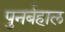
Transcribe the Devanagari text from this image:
पुनर्बहाल